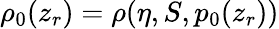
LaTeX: \rho_{0}(z_{r})=\rho(\eta,S,p_{0}(z_{r}))